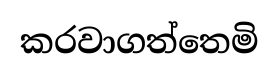
කරවාගත්තෙමි